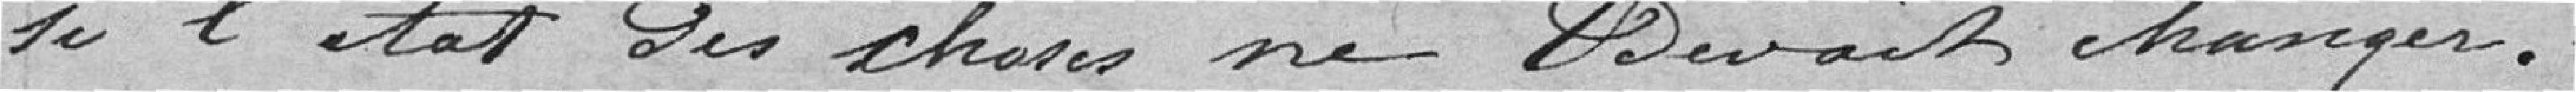
si l'état des choses ne devait changer.